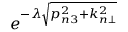
e ^ { - \lambda \sqrt { p _ { n 3 } ^ { 2 } + k _ { n \bot } ^ { 2 } } }